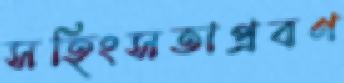
সহিংসতাপ্রবণ